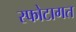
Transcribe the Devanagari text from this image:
स्फोटागत